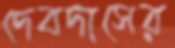
দেবদাসের